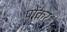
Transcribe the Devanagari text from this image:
पोंकर